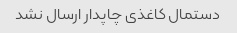
دستمال کاغذی چاپدار ارسال نشد